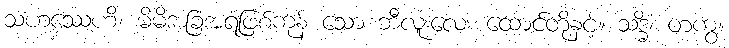
သဟဿေဟိ၊ မိမိအခြံအရံဖြစ်ကုန် သော ဘီလူးလေး ထောင်တို့နှင့်။ သဒ္ဓိံ၊ တကွ။